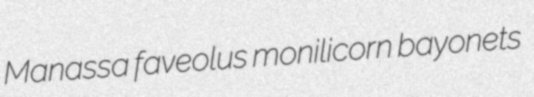
Manassa faveolus monilicorn bayonets